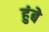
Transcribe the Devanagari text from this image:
हुंबे